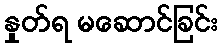
နှုတ်ရ မဆောင်ခြင်း